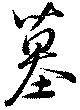
墓